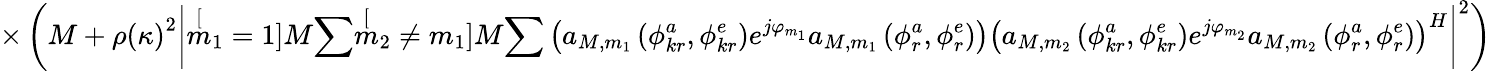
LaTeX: \times\left(M+\rho\left(\kappa\right)^{2}\left|\stackrel[m_{1}=1]{M}{\sum}\stackrel[m_{2}\neq m_{1}]{M}{\sum}\left(a_{M,m_{1}}\left(\phi_{kr}^{a},\phi_{kr}^{e}\right)e^{j\varphi_{m_{1}}}a_{M,m_{1}}\left(\phi_{r}^{a},\phi_{r}^{e}\right)\right)\left(a_{M,m_{2}}\left(\phi_{kr}^{a},\phi_{kr}^{e}\right)e^{j\varphi_{m_{2}}}a_{M,m_{2}}\left(\phi_{r}^{a},\phi_{r}^{e}\right)\right)^{H}\right|^{2}\right)